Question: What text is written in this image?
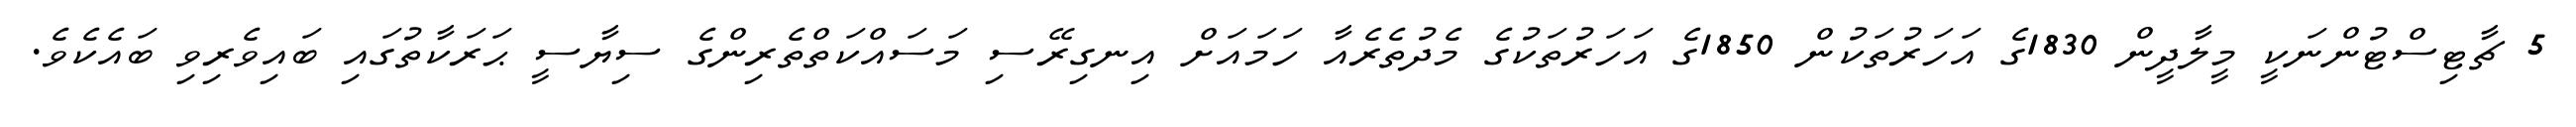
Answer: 5 ޗާޓިސްޓުންނަކީ މީލާދީން 1830ގެ އަހަރުތަކުން 1850ގެ އަހަރުތަކުގެ މެދުތެރެއާ ހަމައަށް އިނގިރޭސި މަސައްކަތްތެރިންގެ ސިޔާސީ ޙަރަކާތުގައި ބައިވެރިވި ބައެކެވެ.